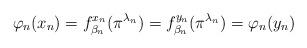
LaTeX: \begin{align*}\varphi_n(x_n) = f^{x_n}_{\beta_n}(\pi^{\lambda_n}) =f^{y_n}_{\beta_n}(\pi^{\lambda_n})=\varphi_n(y_n)\end{align*}